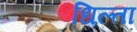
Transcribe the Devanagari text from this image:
धिल्ता